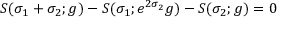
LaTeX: S ( \sigma _ { 1 } + \sigma _ { 2 } ; g ) - S ( \sigma _ { 1 } ; e ^ { 2 \sigma _ { 2 } } g ) - S ( \sigma _ { 2 } ; g ) = 0